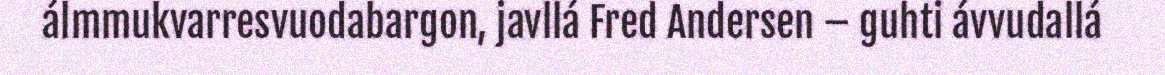
álmmukvarresvuodabargon, javllá Fred Andersen – guhti ávvudallá